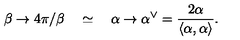
\beta \rightarrow 4 \pi / \beta \quad \simeq \quad \alpha \rightarrow \alpha ^ { \vee } = \frac { 2 \alpha } { \left\langle \alpha , \alpha \right\rangle } .